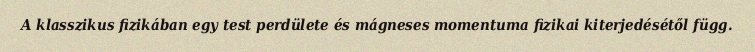
A klasszikus fizikában egy test perdülete és mágneses momentuma fizikai kiterjedésétől függ.